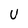
Character: U